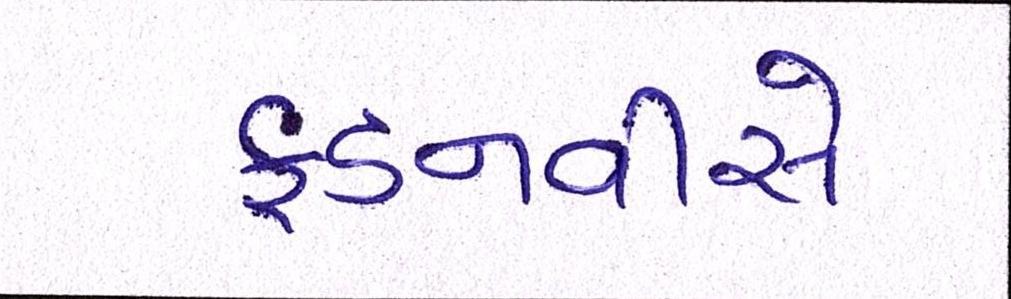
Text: ફડનવીસે